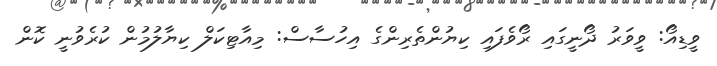
ވީޑިއޯ: ވީވަރު ދޯނީގައި ރޯވެފައި ކިޔުންތެރިންގެ އިހުސާސް: މިއާޓިކަލް ކިޔާލުމުން ކުރެވުނީ ކޮން